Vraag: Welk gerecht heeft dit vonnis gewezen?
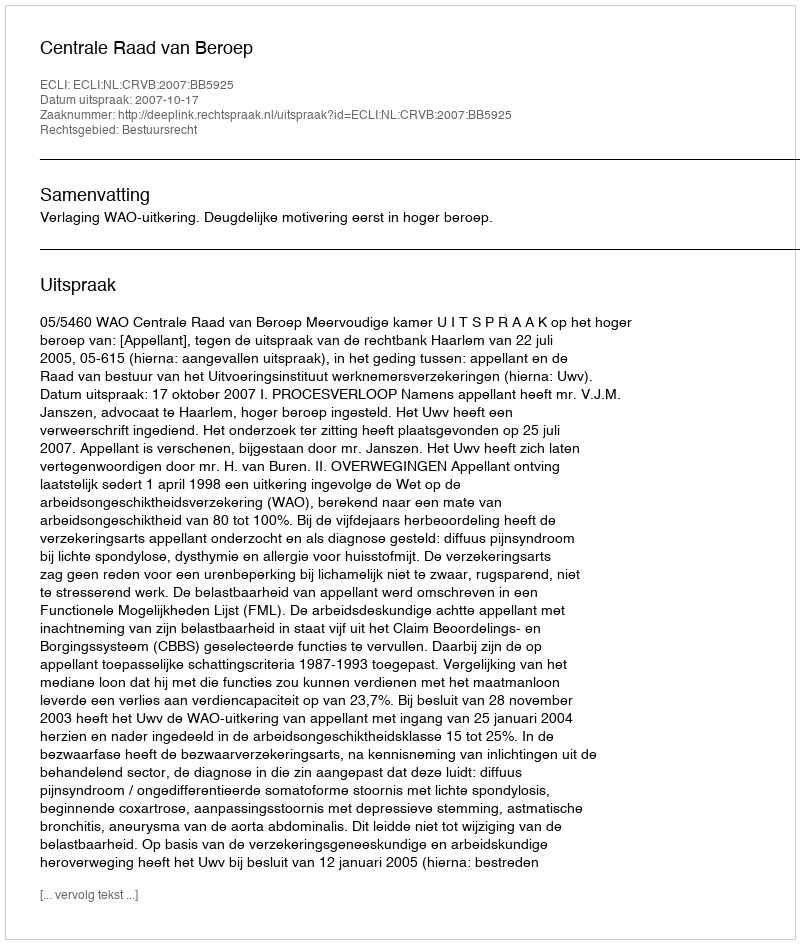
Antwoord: Centrale Raad van Beroep